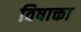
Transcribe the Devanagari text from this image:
विषाक्ता